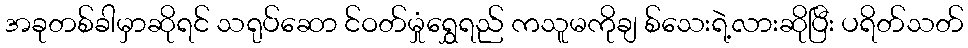
အခုတစ်ခါမှာဆိုရင် သရုပ်ဆော င်ဝတ်မှုံရွှေရည် ကသူမကိုချ စ်သေးရဲ့လားဆိုပြီး ပရိတ်သတ်